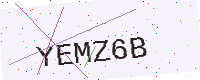
Text: YEMZ6B